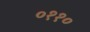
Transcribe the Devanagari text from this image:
०११०